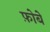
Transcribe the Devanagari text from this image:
फ़ोबे